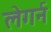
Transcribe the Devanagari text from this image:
लेगर्न